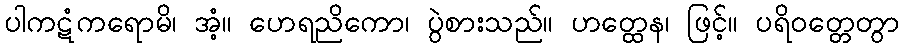
ပါကဋံကရောမိ၊ အံ့။ ဟေရညိကော၊ ပွဲစားသည်။ ဟတ္ထေန၊ ဖြင့်။ ပရိဝတ္တေတွာ